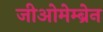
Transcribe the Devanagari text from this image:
जीओमेम्ब्रेन